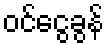
ဝင်ငွေခွန်